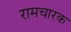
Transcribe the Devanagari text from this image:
रामचारक